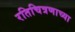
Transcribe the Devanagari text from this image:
रतिचित्रणाच्या